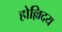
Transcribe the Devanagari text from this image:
होल्लिदय